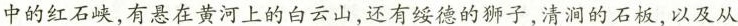
中的红石峡，有悬在黄河上的白云山，还有德的狮子，清润的石板，以及从